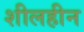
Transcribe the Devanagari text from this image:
शीलहीन